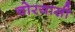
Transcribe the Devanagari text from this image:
चोरयासी